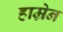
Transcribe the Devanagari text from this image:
हाम्रेन